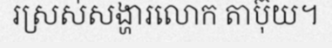
រស្រស់សង្ហារលោក តាប៊ុយ។